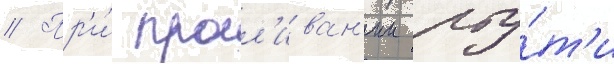
// Пр'и́ прол'иван'ии рту́т'и